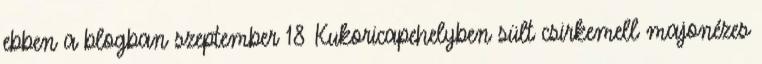
ebben a blogban szeptember 18 Kukoricapehelyben sült csirkemell majonézes